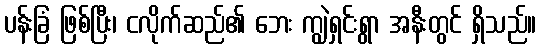
ပန်းခြံ ဖြစ်ပြီး၊ ငလိုက်ဆည်၏ ဘေး ကျွဲရှင်းရွာ အနီးတွင် ရှိသည်။